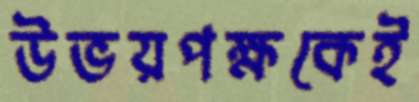
উভয়পক্ষকেই